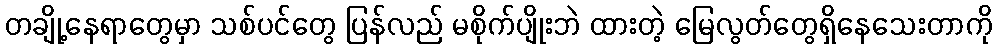
တချို့နေရာတွေမှာ သစ်ပင်တွေ ပြန်လည် မစိုက်ပျိုးဘဲ ထားတဲ့ မြေလွတ်တွေရှိနေသေးတာကို